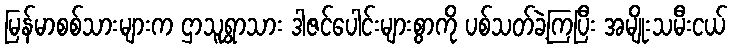
မြန်မာစစ်သားများက ဌာသူရွာသား ဒါဇင်ပေါင်းများစွာကို ပစ်သတ်ခဲ့ကြပြီး အမျိုးသမီးငယ်